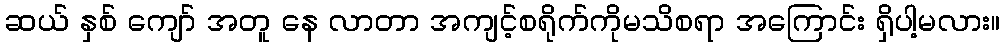
ဆယ် နှစ် ကျော် အတူ နေ လာတာ အကျင့်စရိုက်ကိုမသိစရာ အကြောင်း ရှိပါ့မလား။